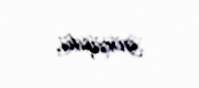
görüşdü.